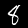
Digit: 8